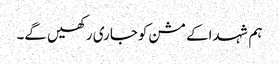
ہم شہداکے مشن کوجاری رکھیں گے۔